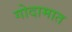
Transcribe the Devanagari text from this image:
गोदामात